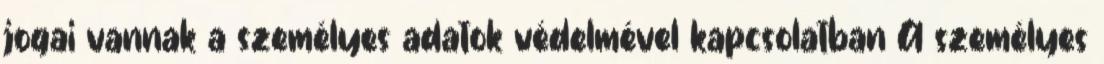
jogai vannak a személyes adatok védelmével kapcsolatban A személyes